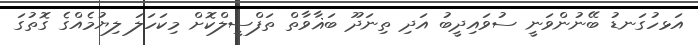
އަޅހުގަނޑު ބޭނުންވަނީ ސުވައިދީބު އަދި ތިނަދޫ ބަޣާވާތް ތަފްސީލްކޮށް މިކަހަލަ ލިޔުމެއްގެ ގޮތުގަ